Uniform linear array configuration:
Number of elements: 4
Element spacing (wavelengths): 0.25
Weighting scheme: hann
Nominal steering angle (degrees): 30
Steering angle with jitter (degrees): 31.226
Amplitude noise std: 0.05
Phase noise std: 0.05

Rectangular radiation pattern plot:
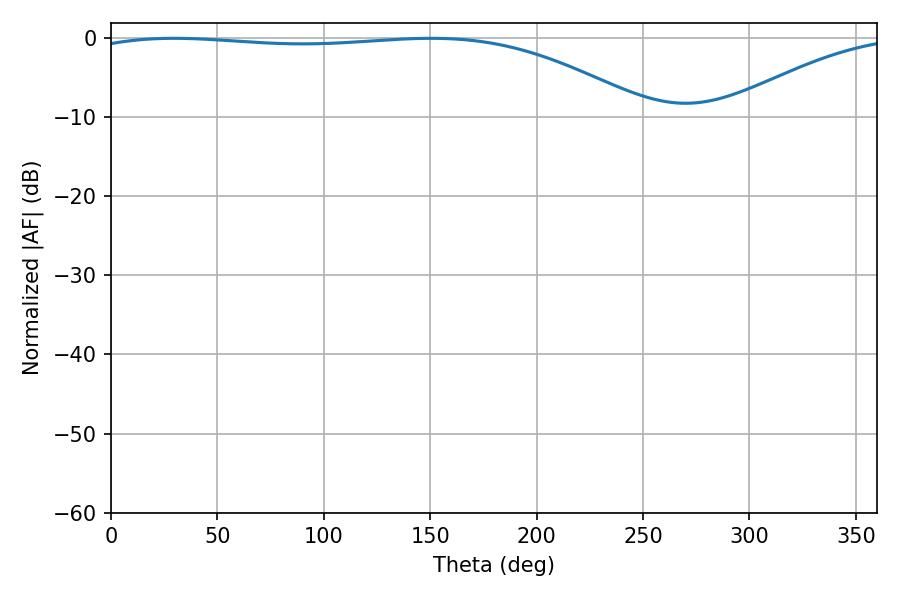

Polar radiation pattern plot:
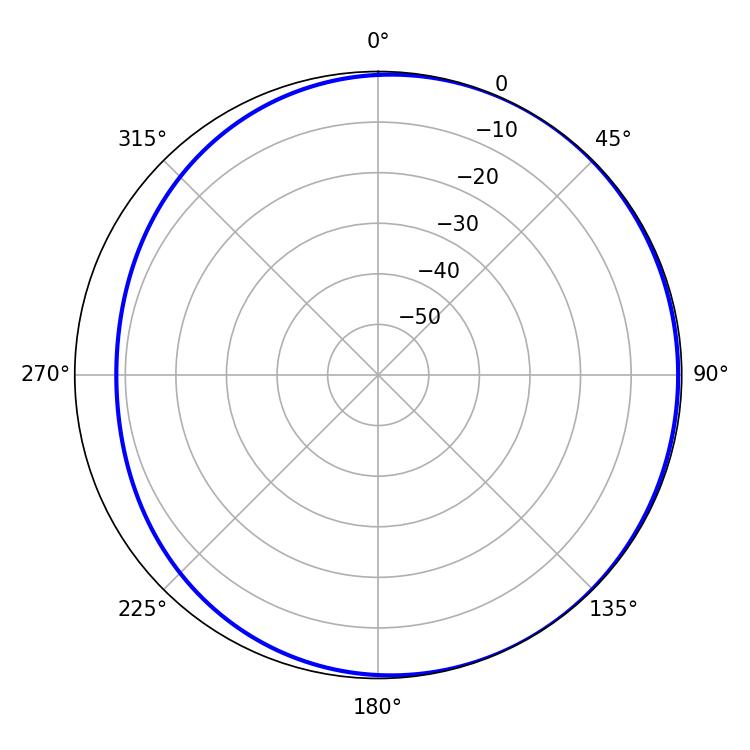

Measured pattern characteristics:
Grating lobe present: FALSE
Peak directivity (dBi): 2.056
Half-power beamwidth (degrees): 210.42
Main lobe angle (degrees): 29.52